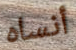
أنساه